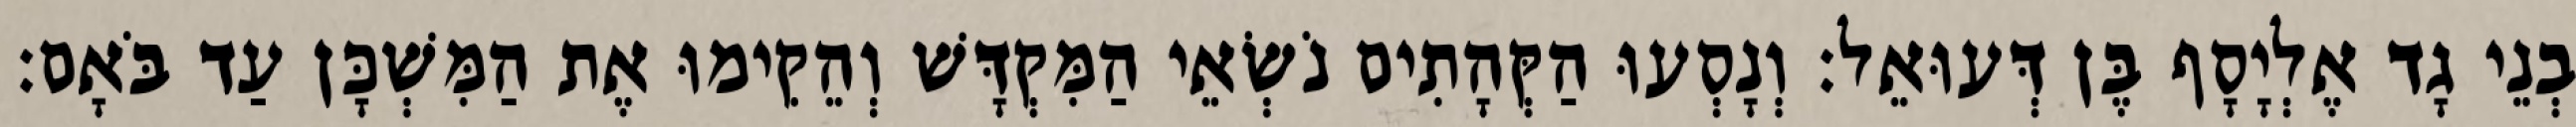
בְנֵי גָד אֶלְיָסָף בֶּן דְּעוּאֵל׃ וְנָסְעוּ הַקְּהָתִים נֹשְׂאֵי הַמִּקְדָּשׁ וְהֵקִימוּ אֶת הַמִּשְׁכָּן עַד בֹּאָם׃